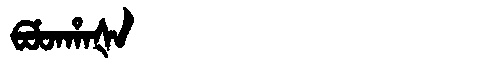
Manchu: ᠪᡠᡨᡥᠠᡧᠠ
Romanization: BUTHAŠA